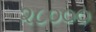
૨૮૦૦૦